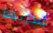
قدرتها